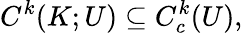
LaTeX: C^{k}(K;U)\subseteq C_{c}^{k}(U),